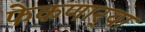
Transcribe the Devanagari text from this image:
फेकणार्‍या